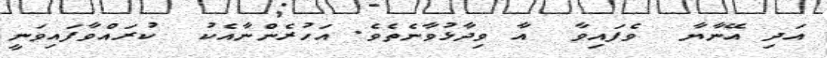
އަދި އޭނާޔާ  ވެފައިވާ  އާ ވިދާޅުވާނެތެވެ. އަހުރެންނާއެކު  ކުރައްވާފައިވަނީ